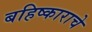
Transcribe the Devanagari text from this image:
बहिष्काराचे